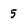
Character: 5